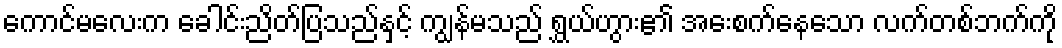
ကောင်မလေးက ခေါင်းညိတ်ပြသည်နှင့် ကျွန်မသည် ရွှယ်ဟွား၏ အေးစက်နေသော လက်တစ်ဘက်ကို